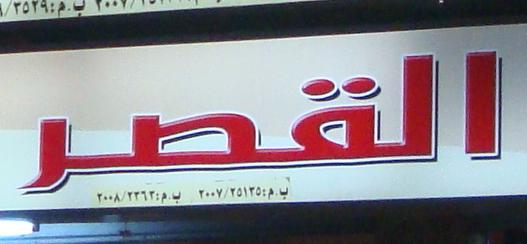
القصر